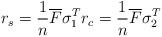
LaTeX: \begin{align*}r_{s}=\frac{1}{n}\overline{F}\sigma_{1}^{T}r_{c}=\frac{1}{n}\overline{F} \sigma_{2}^{T}\end{align*}